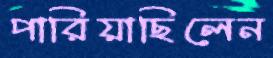
পারিয়াছিলেন